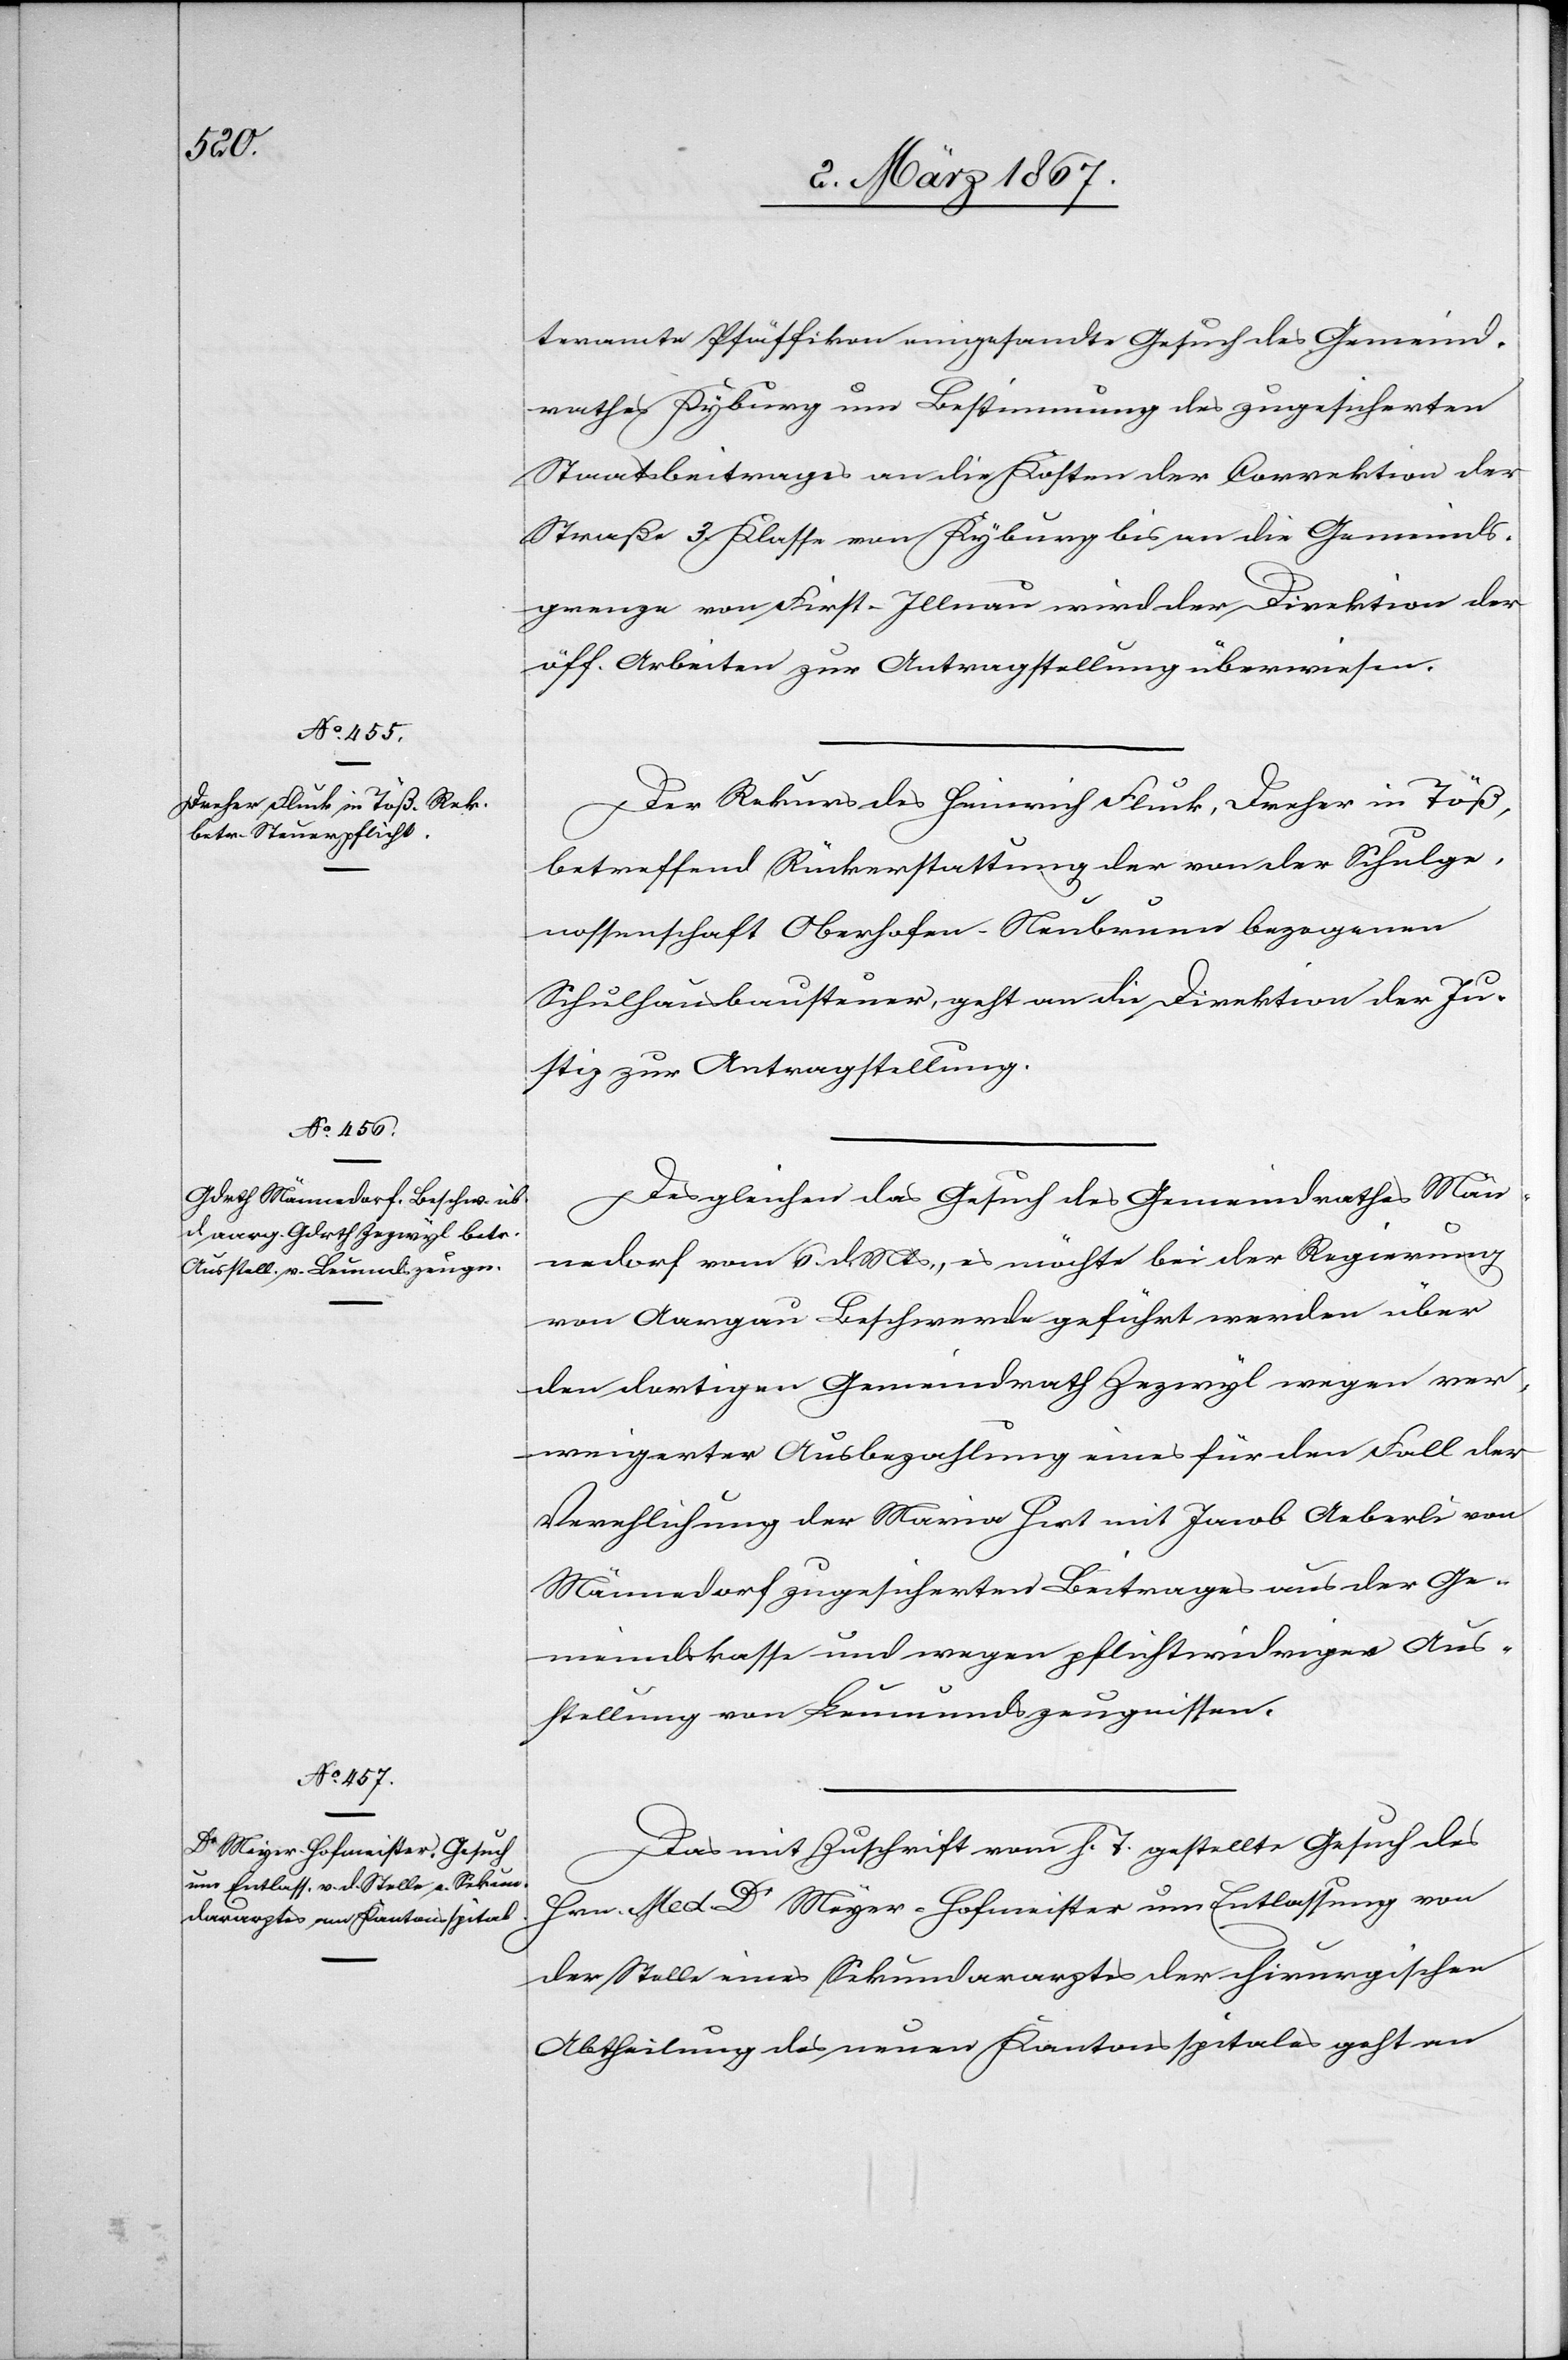
8. März 1867.]
teramte Pfäffikon eingesandte Gesuch des Gemeind¬
rathes Kyburg um Bestimmung des zugesicherten
Staatsbeitrages an die Kosten der Correktion der
Straße 3. Klasse von Kyburg bis an die Gemeinds¬
grenze von First-Illnau wird der Direktion der
öff. Arbeiten zur Antragstellung überwiesen.
Der Rekurs des Heinrich Fluck, Dreher in Töß,
betreffend Rückerstattung der von der Schulge¬
nossenschaft Oberhofen-Neubrunn bezogenen
Schulhausbausteuer, geht an die Direktion der Ju¬
stiz zur Antragstellung.
Des gleichen das Gesuch des Gemeindrathes Män¬
nedorf vom 6. d. Mts, es möchte bei der Regierung
von Aargau Beschwerde geführt werden über
den dortigen Gemeindrath Zezwyl wegen ver¬
weigerter Ausbezahlung eines für den Fall der
Verehlichung der Maria Hirt mit Jacob Aeberli von
Männedorf zugesicherten Beitrages aus der Ge¬
meindskasse und wegen pflichtwidriger Aus¬
stellung von Leumundszeugnissen.
Das mit Zuschrift vom h. T. gestellte Gesuch des
Hrn. Med Dr Meyer-Hofmeister um Entlassung von
der Stelle eines Sekundararztes der chirurgischen
Abtheilung des neuen Kantonsspitales geht an